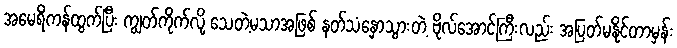
အမေရိကန်ထွက်ပြီး ကျွတ်ကိုက်လို့ သေတဲ့မသာအဖြစ် နတ်သံနှောသွားတဲ့ ဗိုလ်အောင်ကြီးလည်း အပြတ်မနိုင်တာမှန်း